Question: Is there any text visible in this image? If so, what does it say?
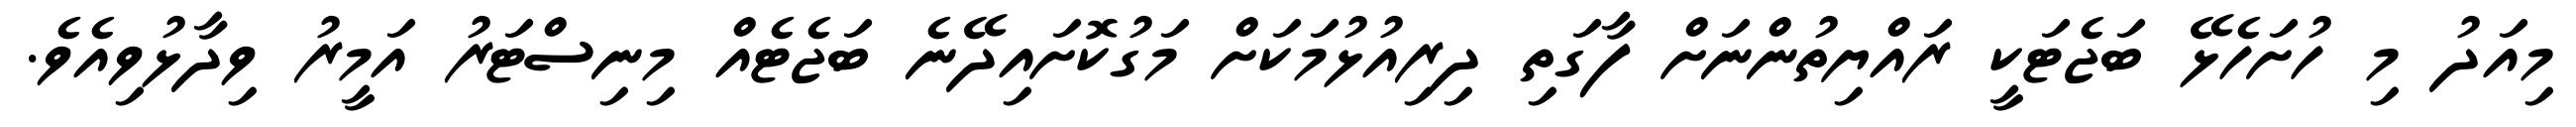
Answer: މިއަދު މި ހުށަހެޅޭ ބަޖެޓަކީ ރައްޔިތުންނަށް ފާގަތި ދިރިއުޅުމަކަށް މަގުކޮށައިދޭނެ ބަޖެޓެއް މިނިސްޓަރު އަމީރު ވިދާޅުވިއެވެ.